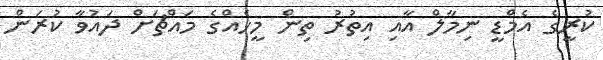
ކުރީގެ އެމްޑީ ނިމާލް އާއި އިތުރު ތިން މީހެއްގެ މައްޗަށް ދައުވާ ކުރަން